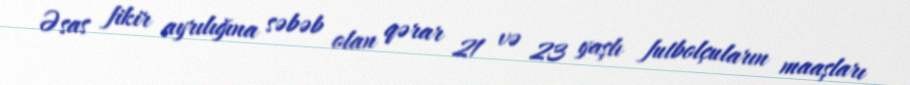
Əsas fikir ayrılığına səbəb olan qərar 21 və 23 yaşlı futbolçuların maaşları